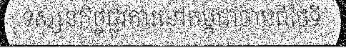
ទស្សនកិច្ចផ្លូវការនៅកម្ពុជាចាប់ពីថ្ងៃទី